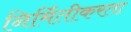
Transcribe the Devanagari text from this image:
निर्मितीकरता